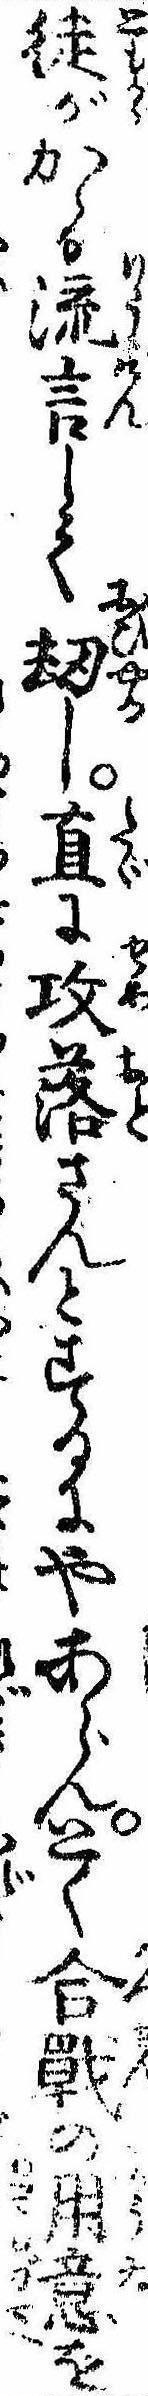
徒がかゝる流言して劫し直に攻落さんとするにやあらんとく合戦の用意を